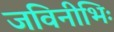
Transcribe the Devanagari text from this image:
जविनीभिः